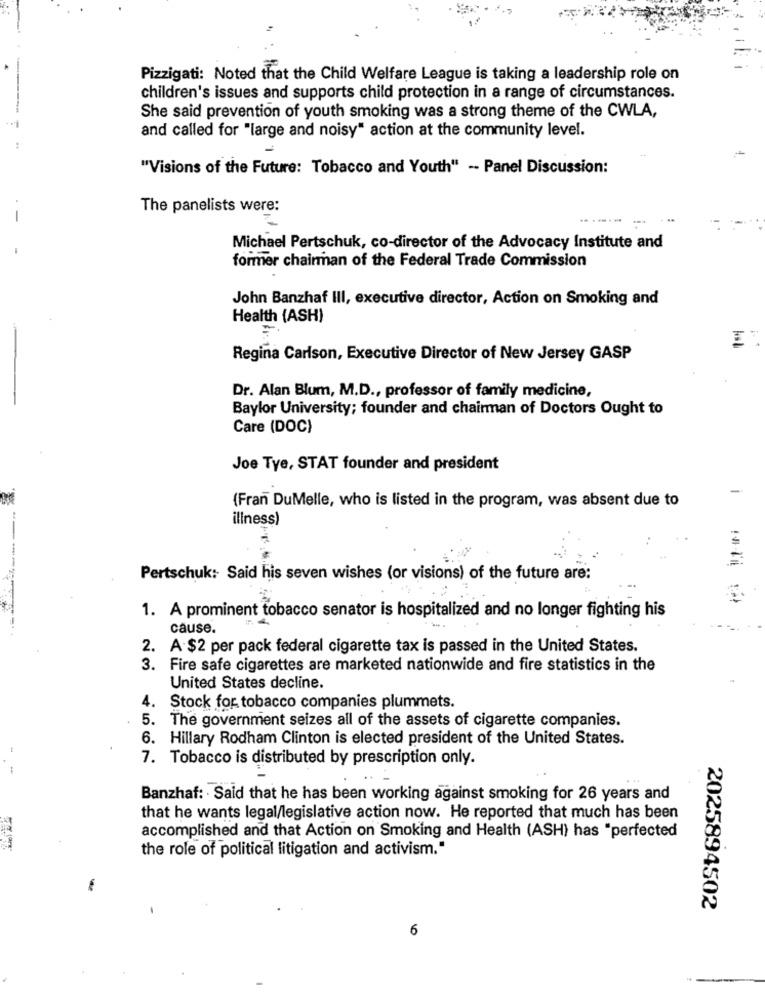
Pizzigati: Noted that the Child Welfare League is taking a leadership role on
children's issues and supports child protection in a range of circumstances.
She said prevention of youth smoking was a strong theme of the CWLA,
and called for "large and noisy" action at the community level.
"Visions of the Future: Tobacco and Youth" -- Panel Discussion:
The panelists were:
--
---...
. ..
Michael Pertschuk, co-director of the Advocacy Institute and
former chairman of the Federal Trade Commission
John Banzhaf III, executive director, Action on Smoking and
Health (ASH)
Regina Carlson, Executive Director of New Jersey GASP
Dr. Alan Blum, M.D ., professor of family medicine,
Baylor University; founder and chairman of Doctors Ought to
Care (DOC)
Joe Tye, STAT founder and president
(Fran DuMelle, who is listed in the program, was absent due to
illness)
Pertschuk: Said his seven wishes (or visions) of the future are:
1. A prominent tobacco senator is hospitalized and no longer fighting his
cause.
2. A $2 per pack federal cigarette tax is passed in the United States.
3. Fire safe cigarettes are marketed nationwide and fire statistics in the
United States decline.
4. Stock for tobacco companies plummets.
5. The government seizes all of the assets of cigarette companies.
6. Hillary Rodham Clinton is elected president of the United States.
7. Tobacco is distributed by prescription only.
Banzhaf: · Said that he has been working against smoking for 26 years and
that he wants legal/legislative action now. He reported that much has been
accomplished and that Action on Smoking and Health (ASH) has "perfected
the role of political litigation and activism."
2025894502
6